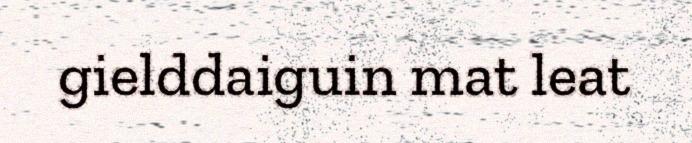
gielddaiguin mat leat